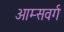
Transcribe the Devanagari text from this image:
आम्सवर्ग